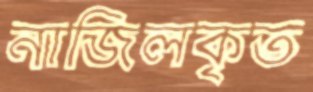
নাজিলকৃত